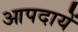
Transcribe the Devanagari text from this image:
आपदायें